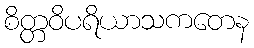
စိတ္တဝိပရိယာသကတေန